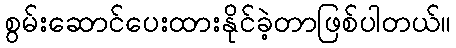
စွမ်းဆောင်ပေးထားနိုင်ခဲ့တာဖြစ်ပါတယ်။